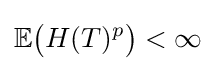
\mathbb {E} {\big (}H(T)^{p}{\big )}<\infty